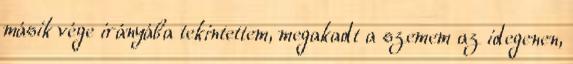
másik vége irányába tekintettem, megakadt a szemem az idegenen,